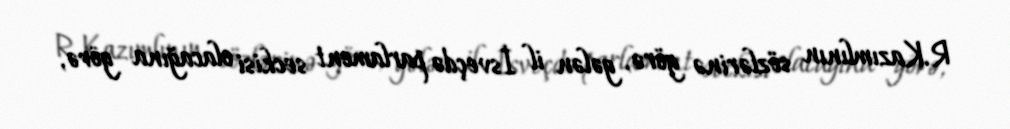
R.Kazımlının sözlərinə görə, gələn il İsveçdə parlament seckisi olacağına görə,